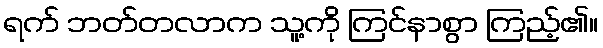
ရက် ဘတ်တလာက သူ့ကို ကြင်နာစွာ ကြည့်၏။